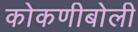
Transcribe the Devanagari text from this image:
कोकणीबोली